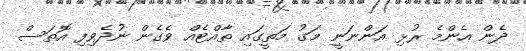
ދެން އެންމެ ރުޅި އަންނަނީ މަގު މަތީގައި ތާއްޓެއް ވެގެން ނުދެވިފި އޮތަސް